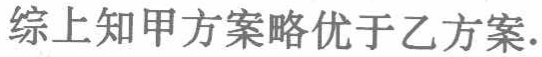
综上知甲方案略优于乙方案.